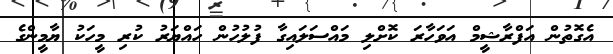
އެގޮތުން އަފްރާޝީމް އަވަހާރަ ކޮށްލި މައްސަލައިގާ ފުލުހުން ހައްޔަރު ކުރި މީހަކު ޔާމީންގެ